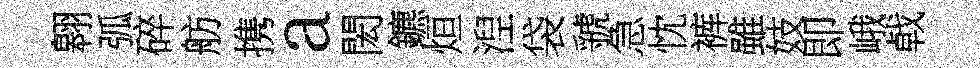
翱弧碎舫携a閎鑣烜湼袋虢急忱裤雖妓即峨㦸